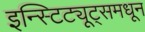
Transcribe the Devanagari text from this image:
इन्स्टिट्यूट्समधून